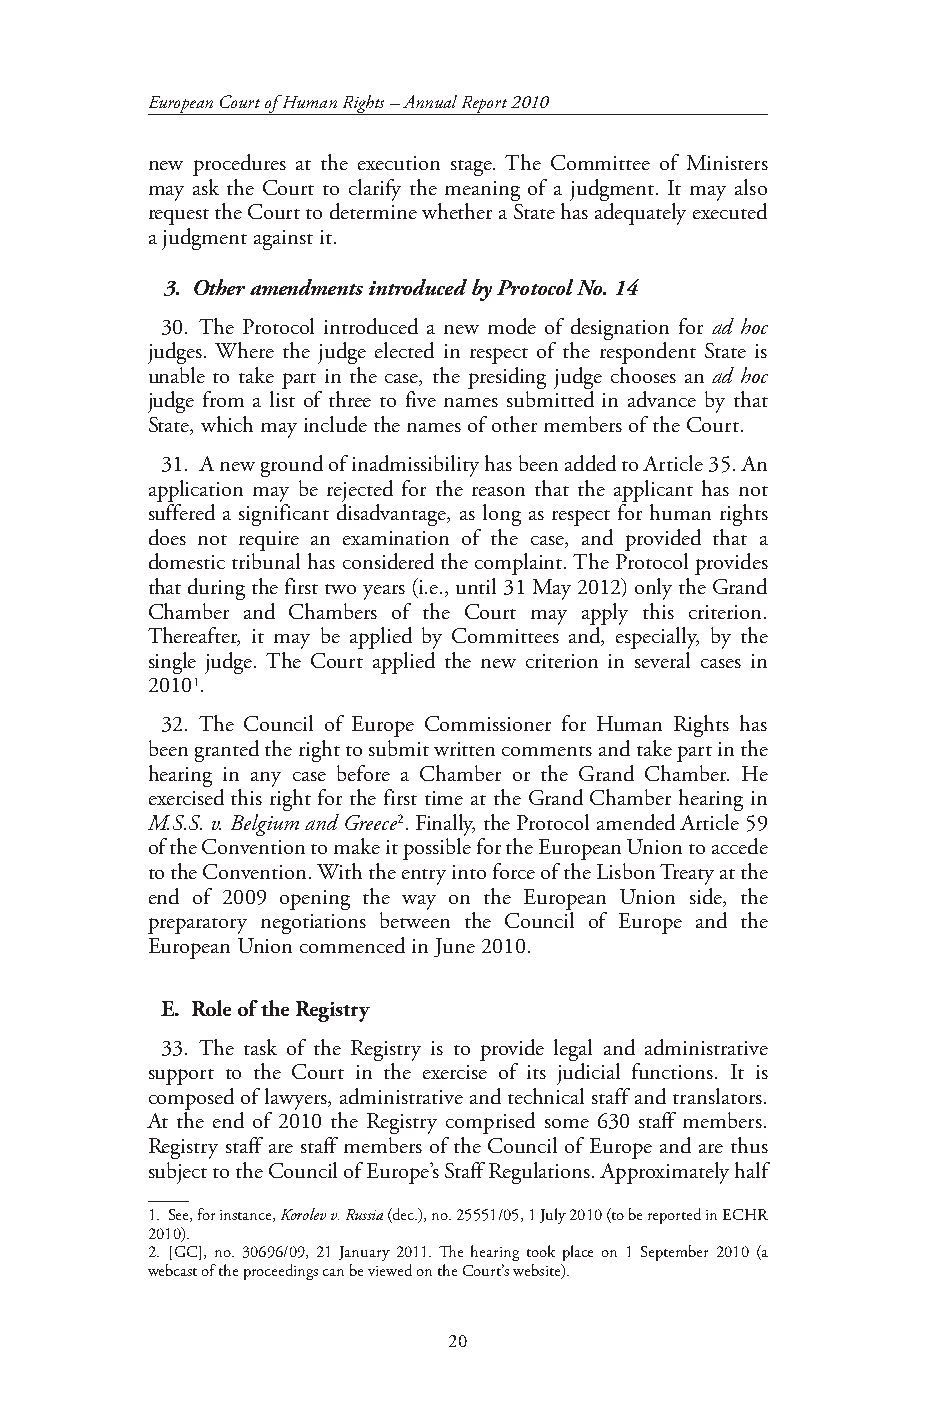
European Court of Human Rights – Annual Report 2010
 new procedures at the execution stage. The Committee of Ministers
 may ask the Court to clarify the meaning of a judgment. It may also
 request the Court to determine whether a State has adequately executed
 a judgment against it.
 3. Other amendments introduced by Protocol No. 14
 30. The Protocol introduced a new mode of designation for ad hoc
 judges. Where the judge elected in respect of the respondent State is
 unable to take part in the case, the presiding judge chooses an ad hoc
 judge from a list of three to five names submitted in advance by that
 State, which may include the names of other members of the Court.
 31. A new ground of inadmissibility has been added to Article 35. An
 application may be rejected for the reason that the applicant has not
 suffered a significant disadvantage, as long as respect for human rights
 does not require an examination of the case, and provided that a
 domestic tribunal has considered the complaint. The Protocol provides
 that during the first two years (i.e., until 31 May 2012) only the Grand
 Chamber and Chambers of the Court may apply this criterion.
 Thereafter, it may be applied by Committees and, especially, by the
 single judge. The Court applied the new criterion in several cases in
 20101.
 32. The Council of Europe Commissioner for Human Rights has
 been granted the right to submit written comments and take part in the
 hearing in any case before a Chamber or the Grand Chamber. He
 exercised this right for the first time at the Grand Chamber hearing in
 M.S.S. v. Belgium and Greece2. Finally, the Protocol amended Article 59
 of the Convention to make it possible for the European Union to accede
 to the Convention. With the entry into force of the Lisbon Treaty at the
 end of 2009 opening the way on the European Union side, the
 preparatory negotiations between the Council of Europe and the
 European Union commenced in June 2010.
 E. Role of the Registry
 33. The task of the Registry is to provide legal and administrative
 support to the Court in the exercise of its judicial functions. It is
 composed of lawyers, administrative and technical staff and translators.
 At the end of 2010 the Registry comprised some 630 staff members.
 Registry staff are staff members of the Council of Europe and are thus
 subject to the Council of Europe’s Staff Regulations. Approximately half
 1. See, for instance, Korolev v. Russia (dec.), no. 25551/05, 1 July 2010 (to be reported in ECHR
 2010).
 2. [GC], no. 30696/09, 21 January 2011. The hearing took place on 1 September 2010 (a
 webcast of the proceedings can be viewed on the Court’s website).
 20